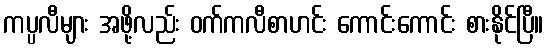
ကပ္ပလီများ အဖို့လည်း ဝက်ကလီစာဟင်း ကောင်းကောင်း စားနိုင်ပြီ။